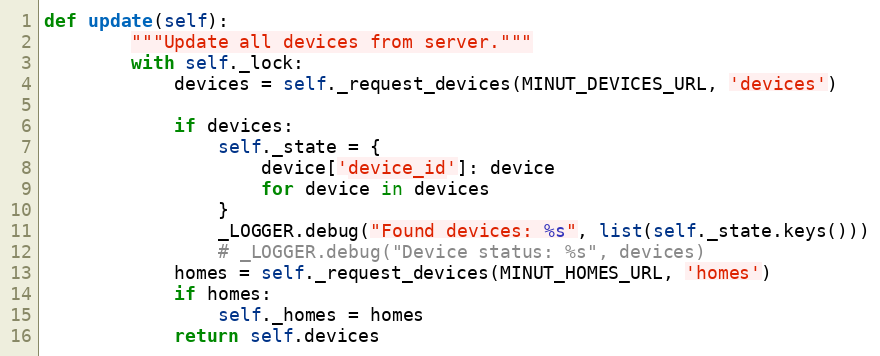
Language: Python
def update(self):
        """Update all devices from server."""
        with self._lock:
            devices = self._request_devices(MINUT_DEVICES_URL, 'devices')

            if devices:
                self._state = {
                    device['device_id']: device
                    for device in devices
                }
                _LOGGER.debug("Found devices: %s", list(self._state.keys()))
                # _LOGGER.debug("Device status: %s", devices)
            homes = self._request_devices(MINUT_HOMES_URL, 'homes')
            if homes:
                self._homes = homes
            return self.devices